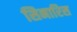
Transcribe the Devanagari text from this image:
सिनारिस